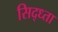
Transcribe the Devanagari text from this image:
सिद्ध्ता